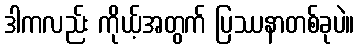
ဒါကလည်း ကိုယ့်အတွက် ပြဿနာတစ်ခုပဲ။